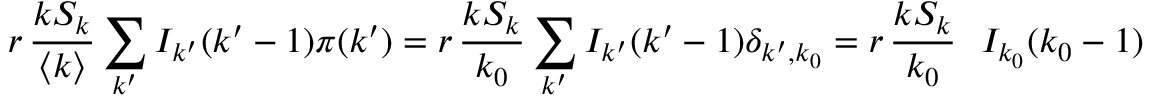
r \, \frac { k S _ { k } } { \langle k \rangle } \sum _ { k ^ { \prime } } I _ { k ^ { \prime } } ( k ^ { \prime } - 1 ) \pi ( k ^ { \prime } ) = r \, \frac { k S _ { k } } { k _ { 0 } } \sum _ { k ^ { \prime } } I _ { k ^ { \prime } } ( k ^ { \prime } - 1 ) \delta _ { k ^ { \prime } , k _ { 0 } } = r \, \frac { k S _ { k } } { k _ { 0 } } \ \ I _ { k _ { 0 } } ( k _ { 0 } - 1 )